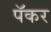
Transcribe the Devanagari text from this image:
पॅकर